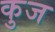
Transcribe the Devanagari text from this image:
कुज